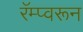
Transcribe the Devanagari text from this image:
रॅम्प्वरून